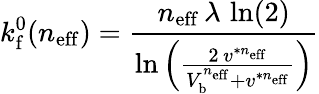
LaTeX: k_{\mathrm{f}}^{0}(n_{\mathrm{eff}})=\frac{n_{\mathrm{eff}}\, \lambda\, \ln(2)}{\ln\left(\frac{2\, v^{\ast n_{\mathrm{eff}}}}{V_{\mathrm{b}}^{n_{\mathrm{eff}}}+v^{\ast n_{\mathrm{eff}}}}\right)}